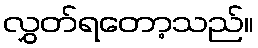
လွှတ်ရတော့သည်။